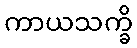
ကာယသက္ခိ